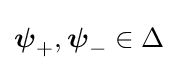
{\boldsymbol {\psi }}_{+},{\boldsymbol {\psi }}_{-}\in \Delta